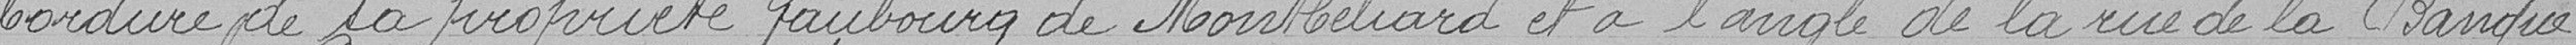
bordure de sa propriété faubourg de Montbéliard et à l'angle de la rue de la Banque .